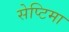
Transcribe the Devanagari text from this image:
सेप्टिमा